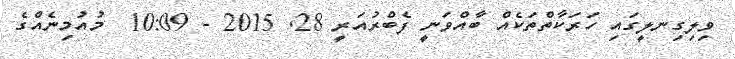
ވިލިގިނލީގައި ހަރަކާތްތަކެއް ބާއްވަނީ ފެބްރުއަރީ 28